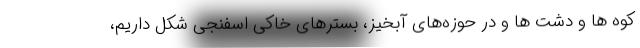
کوه ها و دشت ها و در حوزه‌های آبخیز، بسترهای خاکی اسفنجی شکل داریم،